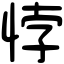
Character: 悖